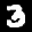
Label: 3